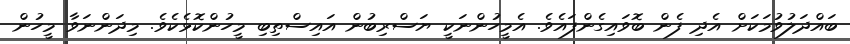
ބައްދަލުވުމަކަށް އެދި ފެން ބޮވައިގެންފައެވެ. އެމީހުންނަކީ ޔަސްރިބުން އައިސްތިބި މީހުންކޮޅެކެވެ. މިދަންނަވާ މީހުން